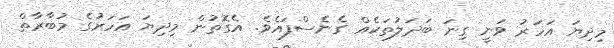
މިދިޔަ އަހަރު ވަނީ ގިނަ ބަދަލުތަކެއް ގެނެސްފައެވެ. އެގޮތުން މިދިޔަ އަހަރަުގެ މުބާރާތް